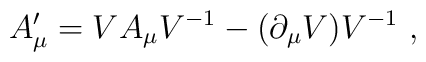
A^{\prime}_{\mu}=VA_{\mu}V^{-1}-(\partial_{\mu}V)V^{-1}\ ,